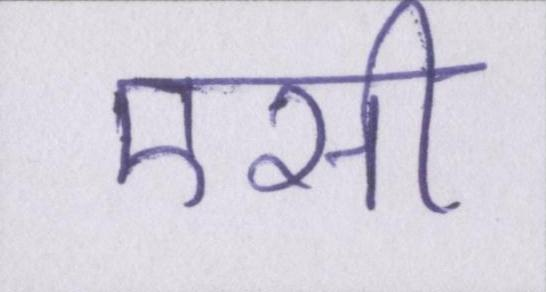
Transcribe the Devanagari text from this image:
एसी